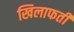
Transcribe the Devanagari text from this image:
खिलाफती